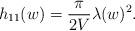
LaTeX: \begin{align*}h_{11}(w)=\frac{\pi }{2V}\lambda(w)^2.\end{align*}